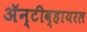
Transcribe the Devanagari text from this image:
अॅन्टीव्हायरल